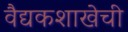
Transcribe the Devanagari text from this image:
वैद्यकशाखेची